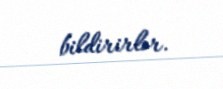
bildirirlər.